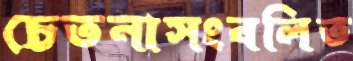
চেতনাসংবলিত